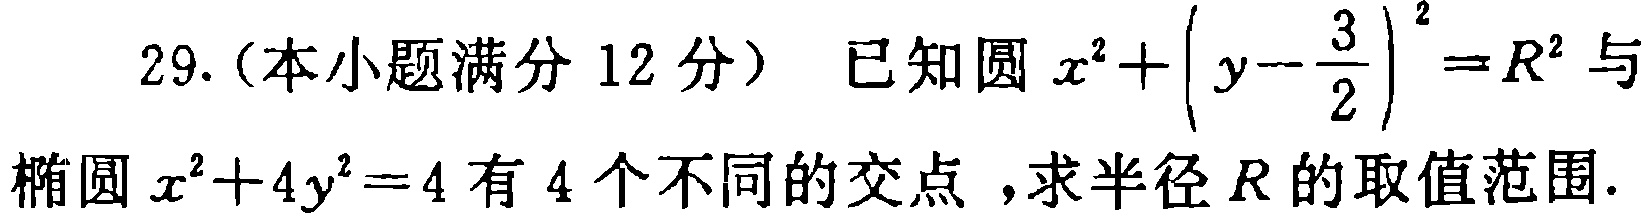
29.（本小题满分12分） 已知圆\(x^{2}+\left(y - \frac{3}{2}\right)^{2}=R^{2}\)与椭圆\(x^{2}+4y^{2}=4\)有4个不同的交点，求半径\(R\)的取值范围.